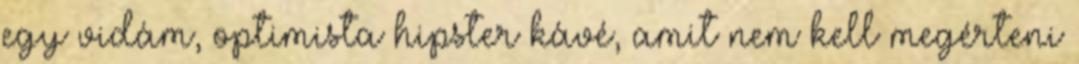
egy vidám, optimista hipster kávé, amit nem kell megérteni